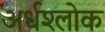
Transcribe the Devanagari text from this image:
अर्धश्लोक